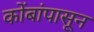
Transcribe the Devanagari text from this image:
कोंबांपासून